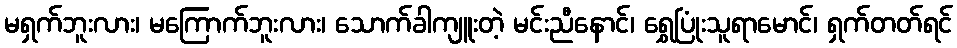
မရှက်ဘူးလား၊ မကြောက်ဘူးလား၊ သောက်ခါကျူးတဲ့ မင်းညီနောင်၊ ရွှေပြုံးသူရာမောင်၊ ရှက်တတ်ရင်